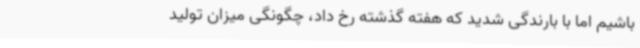
باشیم اما با بارندگی شدید که هفته گذشته رخ داد، چگونگی میزان تولید